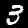
Label: 3